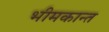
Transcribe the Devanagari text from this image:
भीमकान्त